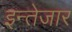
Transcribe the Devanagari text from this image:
इन्तेजार